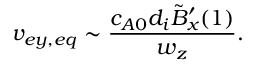
v _ { e y , e q } \sim \frac { c _ { A 0 } d _ { i } \tilde { B } _ { x } ^ { \prime } ( 1 ) } { w _ { z } } .